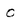
Character: 0